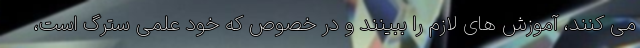
می کنند، آموزش های لازم را ببینند و در خصوص که خود علمی سترگ است،